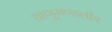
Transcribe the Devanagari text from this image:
वाणुमण्डलीय